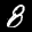
Label: 8